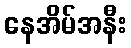
နေအိမ်အနီး